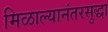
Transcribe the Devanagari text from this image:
मिळाल्यानंतरसुद्धा